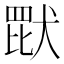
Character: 𬙠